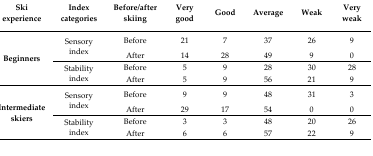
<table><thead><tr><td><b>Ski experience</b></td><td><b>Index categories</b></td><td><b>Before/after skiing</b></td><td><b>Very good</b></td><td><b>Good</b></td><td><b>Average</b></td><td><b>Weak</b></td><td><b>Very weak</b></td></tr></thead><tbody><tr><td rowspan="5"><b>Beginners</b></td><td rowspan="2">Sensory index</td><td>Before</td><td>21</td><td>7</td><td>37</td><td>26</td><td>9</td></tr><tr><td>After</td><td>14</td><td>28</td><td>49</td><td>9</td><td>0</td></tr><tr><td rowspan="2">Stability index</td><td>Before</td><td>5</td><td>9</td><td>28</td><td>30</td><td>28</td></tr><tr><td>After</td><td>5</td><td>9</td><td>56</td><td>21</td><td>9</td></tr><tr><td rowspan="5"><b>Intermediate skiers</b></td><td rowspan="2">Sensory index</td><td>Before</td><td>9</td><td>9</td><td>48</td><td>31</td><td>3</td></tr><tr><td>After</td><td>29</td><td>17</td><td>54</td><td>0</td><td>0</td></tr><tr><td rowspan="2">Stability index</td><td>Before</td><td>3</td><td>3</td><td>48</td><td>20</td><td>26</td></tr><tr><td>After</td><td>6</td><td>6</td><td>57</td><td>22</td><td>9</td></tr></tbody></table>